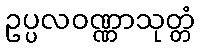
ဥပ္ပလဝဏ္ဏာသုတ္တံ